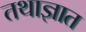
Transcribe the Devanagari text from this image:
तथाज्ञात